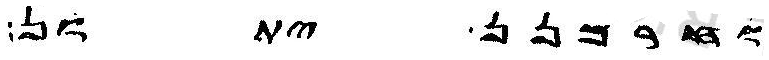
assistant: וחרמנן יתון